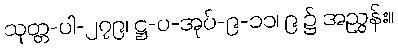
သုတ္တ-ပါ-၂၇၉၊ ဋ္ဌ-ပ-အုပ်-၉-၁၁၊ ၉ ၌ အညွှန်း။